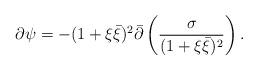
LaTeX: \begin{align*}\partial\psi=-(1+\xi\bar{\xi})^2\bar{\partial}\left(\frac{\sigma}{(1+\xi\bar{\xi})^2}\right).\end{align*}